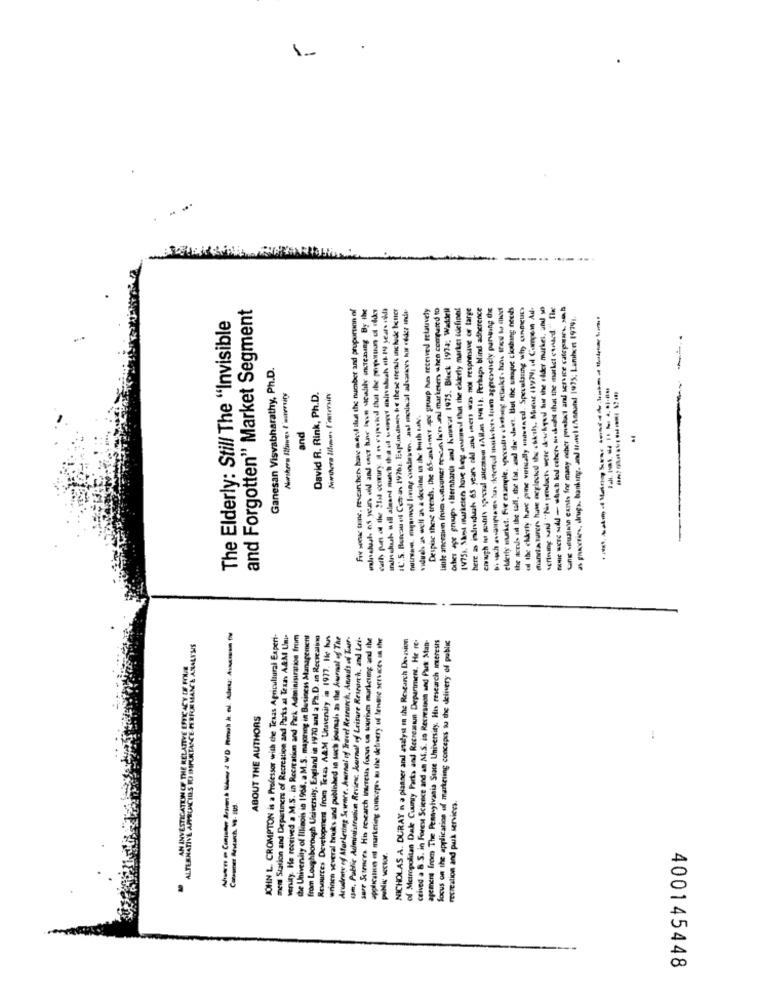
1-
and Forgotten" Market Segment
Fix soouse tone. researchers have megi tlust the number and proportion of
Inn shuh will almart muich the ul weget anlıvaduush 1-199 years old
IC'.S. Bercau of Conan 19761. Explandenn te these trends include better
Despise these trends. the 65-andanes ape group hun received relatively
Little anceaun Ine consumer mescan lan ani mariste when compared to
other age groups Bernharda and howwat 1975. Block 1974; Waddell
14751. Shot marketers hove hep anwend that the elderly market defined
here as individual 65 years old and inens was not responsive or targe
chi wohl spoordl antcats Allan (1). Perhaps blind adherence
Di wach oaspow tun ikterted marketers loom apprennely paring the
elderly murkst. For example, pocoile cketsog setaskr. hun ted to dios!
the aces ul the tall. the fas. and thee -hees. But the unique ckoubing needs
ul the elderly have princ virtually wswencdl. Speculating why canmeucs
mania turer have neglocked the chicils, More 1WYMI vil Compenn Ad-
wertung send "No products were diwaged hit the older markes, and so
Gang viualmin canis for many ocher product and service cateporare. s.
as groceries, drugs, banking, and travel Annand 1975: Lambert 19791.
The Elderly: Still The "Invisible
Ganesan Visvabharathy, Ph.D.
David R. Rink, Ph.D.
viduels as well as a decline in the both take.
and
JOHN L. CROMPTON is a Professor with the Texas Agricultural Experi-
men Station and Departners of Recreation and Parks al Texas A&M Umis
versity. He received a M.S. in Recitatiun and Park Administration from
the University of Illinois in 1968. a M.S. majoring in Business Management
from Loughborough University, England in 1970 and a Ph.D. in Recocaling
Resources Development from Texas A&M University in 1977, He hus
wrinc several bruks and published in such journal, as the Journal of The
Arudente of Marketing Sewence. Kurnal eff Travel Resrunch, Andis ed Ter-
cm. Public Administration Reviewc. Journal of Leisure Research, and Lei-
sure Sutences. His research Interests focus un tourism marketmg and the
application e marketing concepts tu the delivery of lengre services in the
NICHOLAS A. DURAY n a plasser and analyst m the Research Dension
of Metropolitan Dale Cuunty Parks and Recreaun Department. He re-
ceived a B.S. in Forest Science and an M.S. io Recresuon and Pack Man-
agement from The Pennsylvania State University. His research interests
focus on the application of marketing concepts to the delivery of public
ALTERNATIVE APPELACTES TO IMPORTANCE PERFORMANCE ANALYSIS
AN INVESTICATTINGE THE RELATIVE ESTE ACY CE FOUR
ABOUT THE AUTHORS
recreation and purk services,
400145448